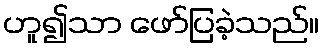
ဟူ၍သာ ဖော်ပြခဲ့သည်။